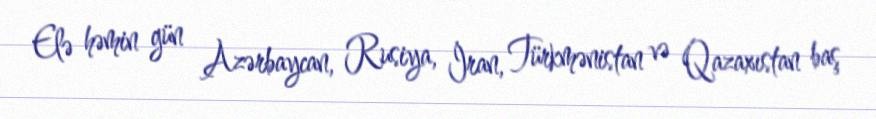
Elə həmin gün Azərbaycan, Rusiya, İran, Türkmənistan və Qazaxıstan baş